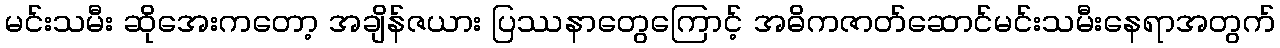
မင်းသမီး ဆိုအေးကတော့ အချိန်ဇယား ပြဿနာတွေကြောင့် အဓိကဇာတ်ဆောင်မင်းသမီးနေရာအတွက်